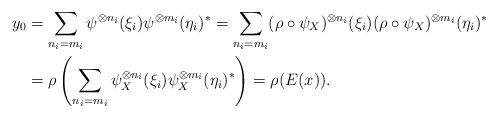
LaTeX: \begin{align*}y_0 &= \sum_{n_i = m_i} \psi^{\otimes n_i} (\xi_i) \psi^{\otimes m_i} (\eta_i)^* = \sum_{n_i = m_i} (\rho \circ \psi_X)^{\otimes n_i} (\xi_i) (\rho \circ \psi_X)^{\otimes m_i} (\eta_i)^* \\&= \rho \left ( \sum_{n_i = m_i} \psi_X^{\otimes n_i} (\xi_i) \psi_X^{\otimes m_i} (\eta_i)^* \right) = \rho ( E (x)).\end{align*}